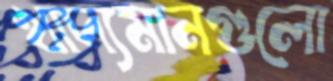
খাদ্যমানগুলো